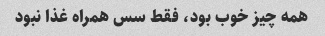
همه چیز خوب بود، فقط سس همراه غذا نبود